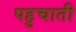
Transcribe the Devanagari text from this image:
पहुचाती